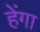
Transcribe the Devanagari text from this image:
हेंगा